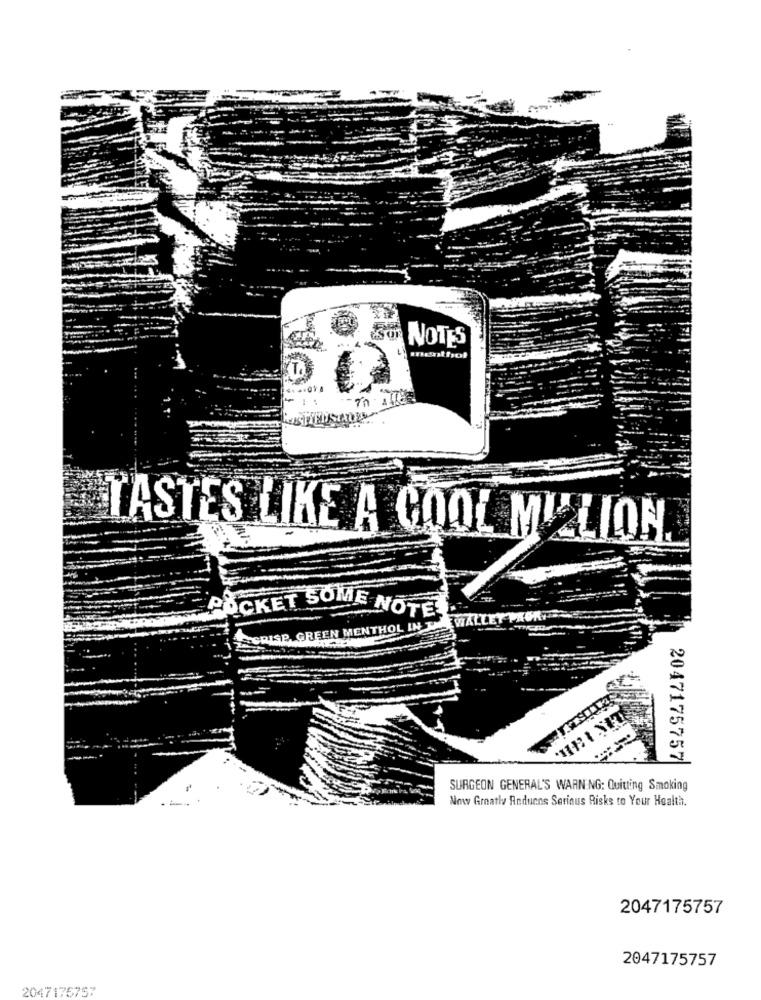
ESO NOTES
mathof
USTIENS
TASTES LIKE A COOL MILLION
POCKET SOME NOTE!
CRISP, GREEN MENTHOL IN THEEWALLE
LEY PROKT
2047175757
SURGEON GENERAL'S WARNING: Quitting Smoking
Now Greatly Reduens Serinus Risks to Your Health.
2047175757
2047175757
2047175757